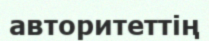
авторитеттің